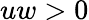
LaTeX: uw>0